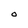
Character: O